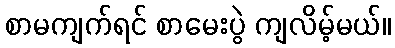
စာမကျက်ရင် စာမေးပွဲ ကျလိမ့်မယ်။